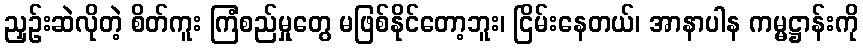
ညှဉ်းဆဲလိုတဲ့ စိတ်ကူး ကြံစည်မှုတွေ မဖြစ်နိုင်တော့ဘူး၊ ငြိမ်းနေတယ်၊ အာနာပါန ကမ္မဋ္ဌာန်းကို